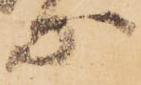
等